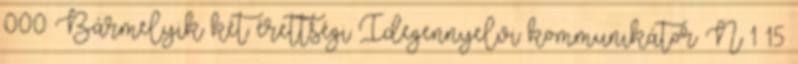
000 Bármelyik két érettségi Idegennyelvi kommunikátor N 1 15